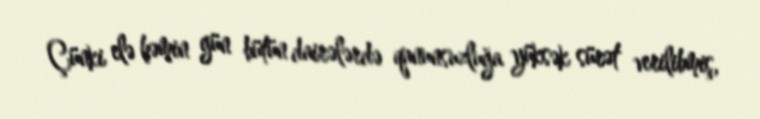
Çünki elə həmin gün bütün dairələrdə qanunsuzluğa yüksək sürət verilibmiş,